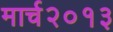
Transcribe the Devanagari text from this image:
मार्च२०१३